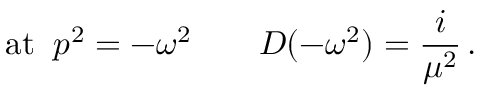
\mathrm { a t } \; \; p ^ { 2 } = - \omega ^ { 2 } \qquad { \cal D } ( - \omega ^ { 2 } ) = \frac { i } { \mu ^ { 2 } } \, .